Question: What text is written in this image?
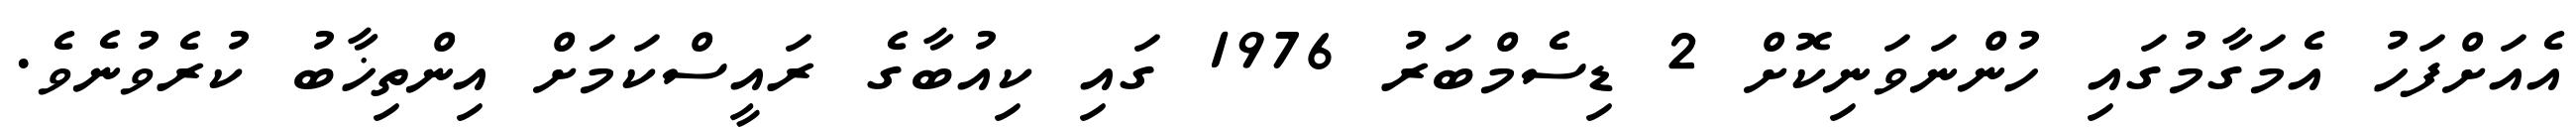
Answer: އެއަށްފަހު އެމަގާމުގައި ހުންނަވަނިކޮށް 2 ޑިސެމްބަރު 1976 ގައި ކިއުބާގެ ރައީސްކަމަށް އިންތިޚާބު ކުރެވުނެވެ.